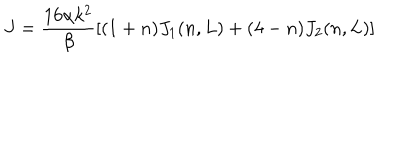
LaTeX: J = \frac { 1 6 \alpha k ^ { 2 } } { \beta } \left[ ( 1 + n ) J _ { 1 } ( n , L ) + ( 4 - n ) J _ { 2 } ( n , L ) \right]